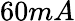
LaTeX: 60mA